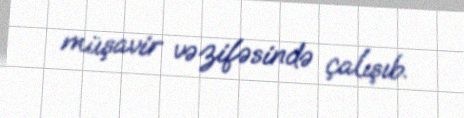
müşavir vəzifəsində çalışıb.